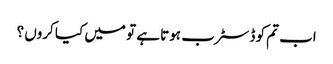
اب تم کو ڈسٹرب ہوتا ہے تو میں کیا کروں ؟